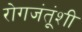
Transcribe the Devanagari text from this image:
रोगजंतूंशी